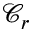
\ensuremath { \mathcal { C } } _ { r }